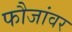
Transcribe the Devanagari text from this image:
फौजांवर